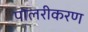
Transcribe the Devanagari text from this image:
पोलरीकरण